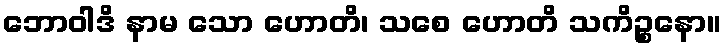
ဘောဝါဒိ နာမ သော ဟောတိ၊ သစေ ဟောတိ သကိဉ္စနော။